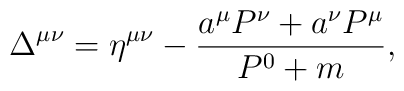
\Delta ^{\mu \nu }=\eta ^{\mu \nu }-\frac{a^{\mu }P^{\nu }+a^{\nu}P^{\mu }}{P^0+m},